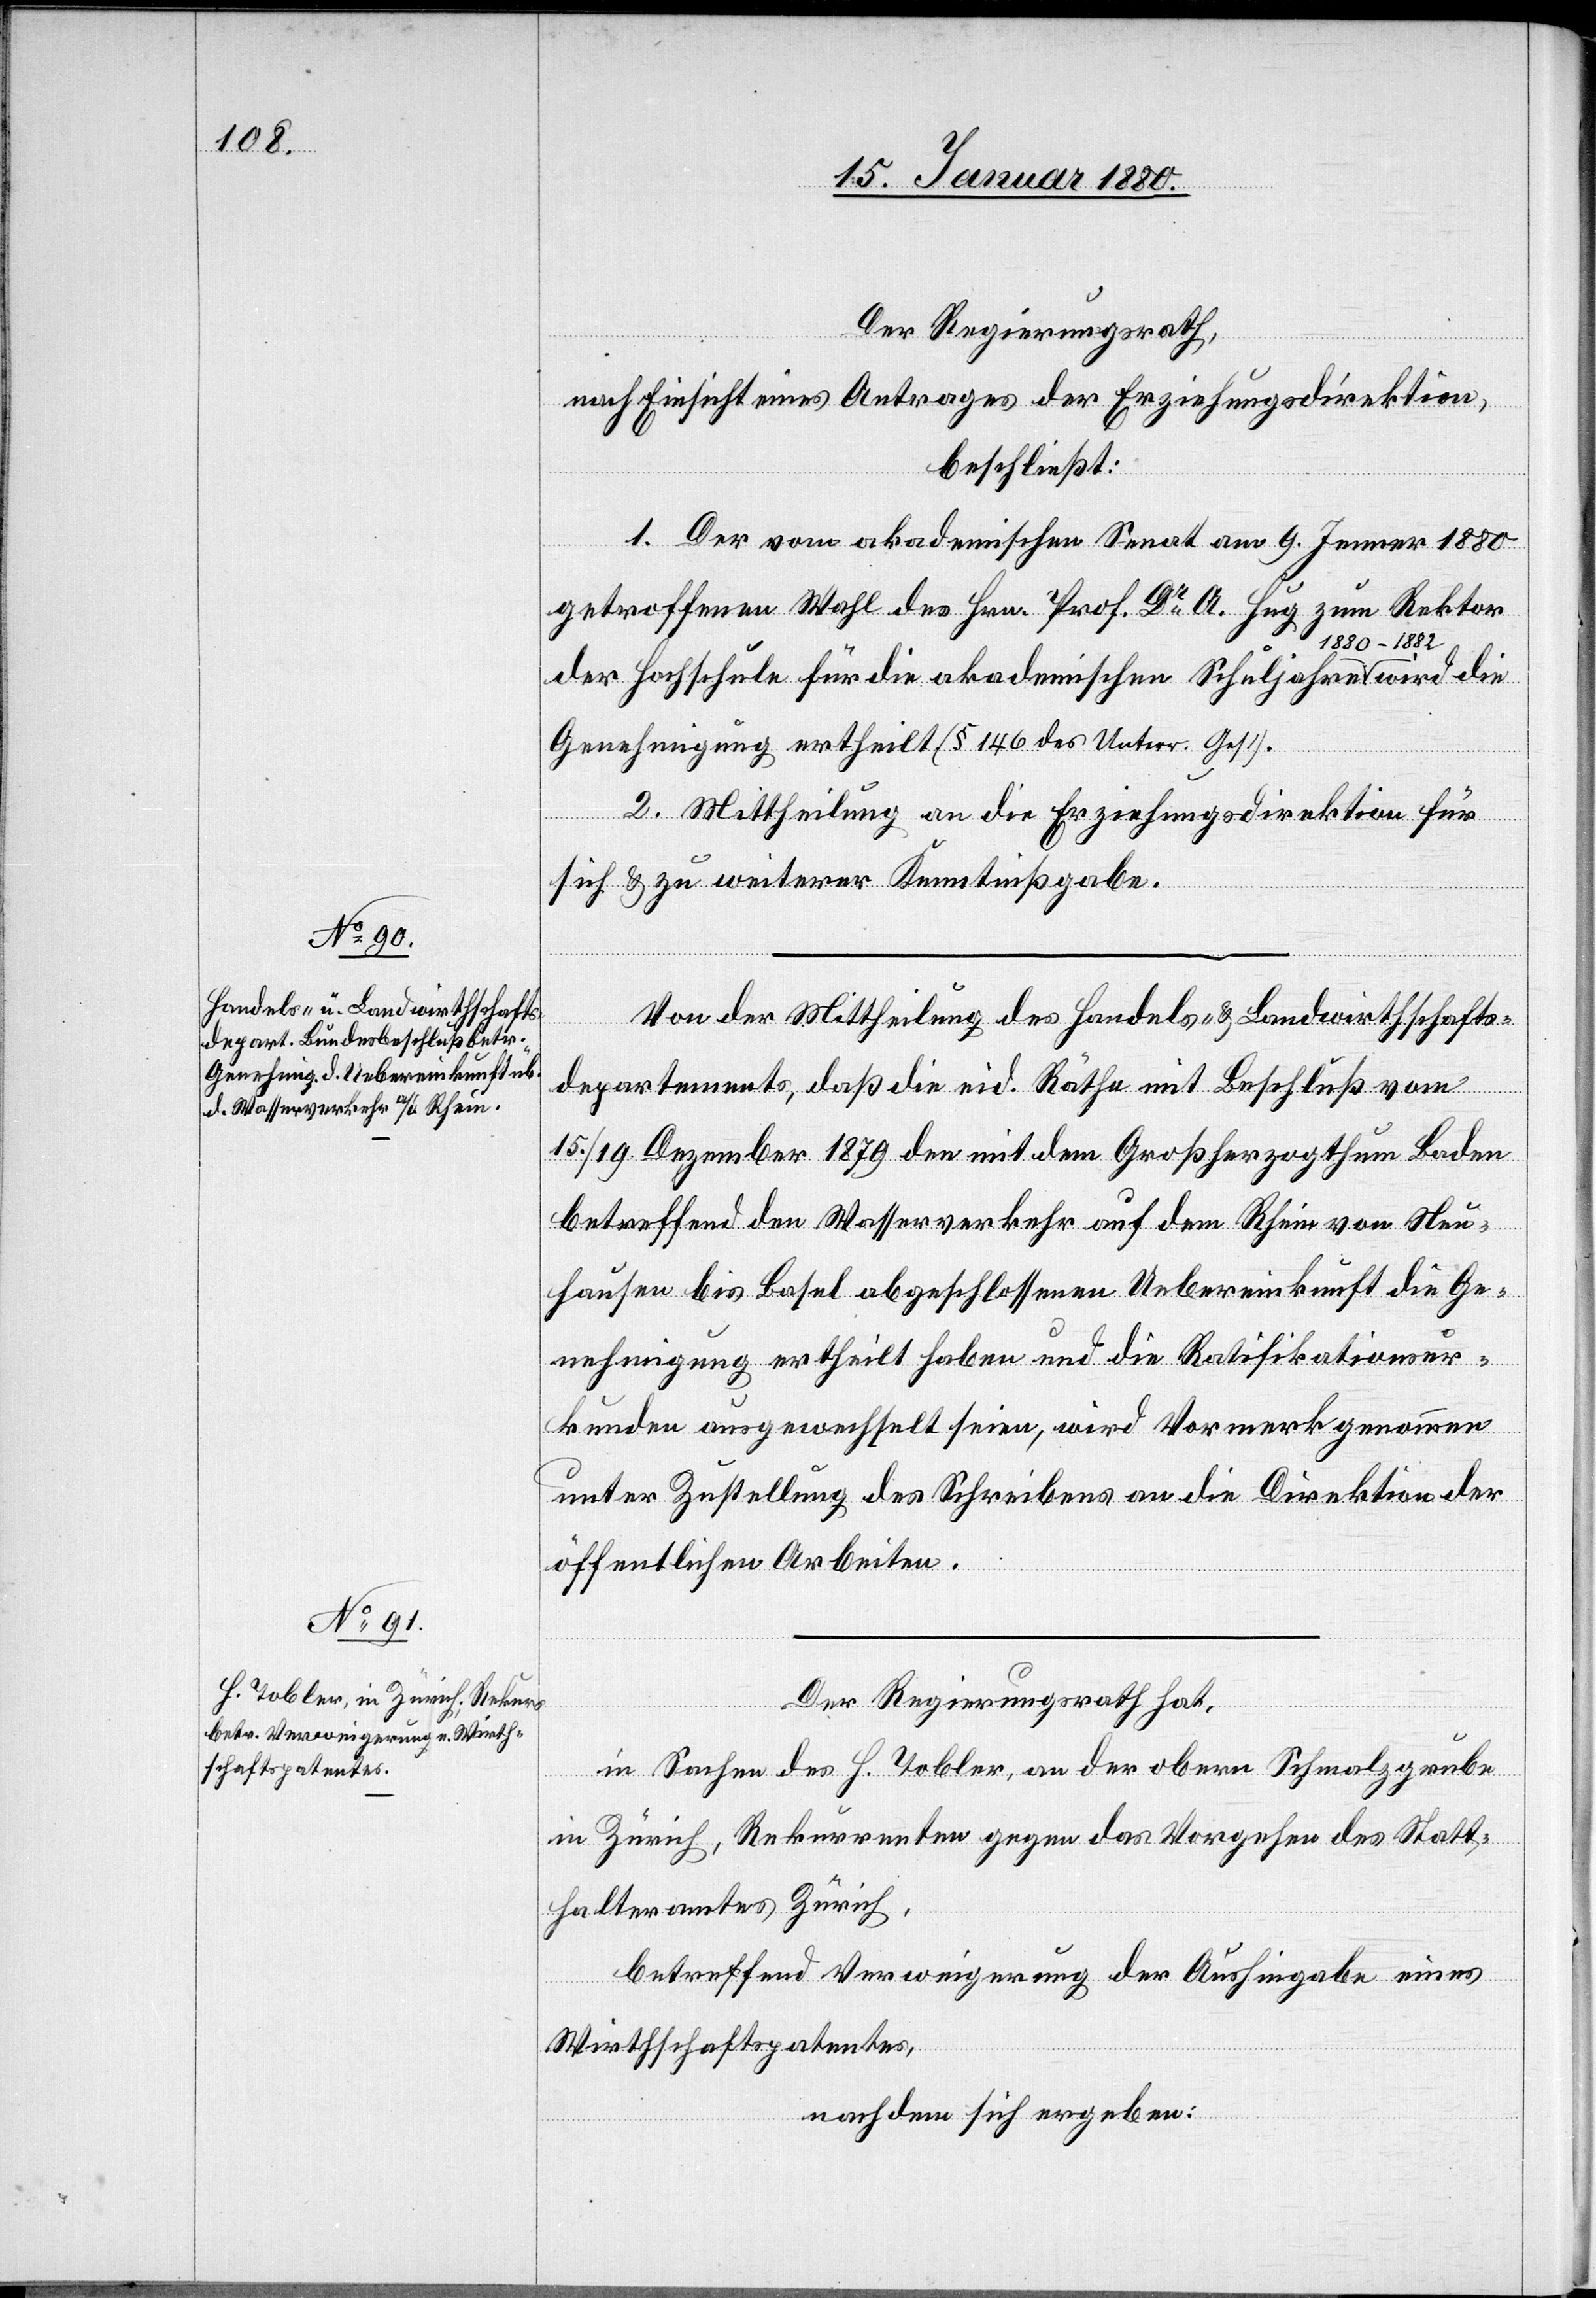
Der Regierungsrath,
wird
nach Einsicht eines Antrages der Erziehungsdirektion,
beschließt:
1. Der vom akademischen Senat am 9. Jenner 1880
die
getroffenen Wahl des Hrn. Prof. Dr A. Hug zum Rektor
der Hochschule für die akademischen Schuljahre a-1880–1882-a
Genehmigung ertheilt (§ 146 des Unterr. Ges.).
2. Mittheilung an die Erziehungsdirektion für
sich & zu weiterer Kenntnißgabe.
Von der Mittheilung des Handels- & Landwirthschafts¬
departements, daß die eid. Räthe mit Beschluß vom
15./19. Dezember 1879 den mit dem Großherzogthum Baden
betreffend den Wasserverkehr auf dem Rhein von Neu¬
hausen bis Basel abgeschlossenen Uebereinkunft die Ge¬
nehmigung ertheilt haben und die Ratifikationsur¬
kunde ausgewechselt seien, wird Vormerk genommen
unter Zustellung des Schreibens an die Direktion der
öffentlichen Arbeiten.
Der Regierungsrath hat,
in Sachen des H. Tobler, an der obern Schmalzgrube
in Zürich, Rekurrenten gegen das Vorgehen des Statt¬
haltersamtes Zürich,
betreffend Verweigerung der Aushingabe eines
Wirthschaftspatentes,
nachdem sich ergeben: